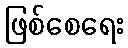
ဖြစ်စေရေး